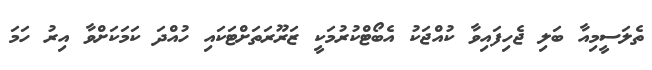
ތެލަސީމިއާ ބަލި ޖެހިފައިވާ ކުއްޖަކު އެބޯޓްކުރުމަކީ ޒަރޫރަތަށްޓަކައި ހުއްދަ ކަމަކަށްވާ އިރު ހަމަ